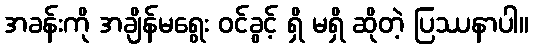
အခန်းကို အချိန်မရွေး ဝင်ခွင့် ရှိ မရှိ ဆိုတဲ့ ပြဿနာပါ။